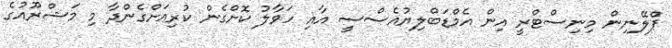
ޕްލޭނިން މިނިސްޓްރީ އިން އެމްޑަބްލިޔުއެސްސީ އާއި ހަވާލު ކޮށްގެން ކުރިއަށްގެންދާ މި މަޝްރޫއުގެ